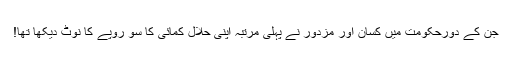
جن کے دورحکومت میں کسان اور مزدور نے پہلی مرتبہ اپنی حلال کمائی کا سو روپے کا نوٹ دیکھا تھا!